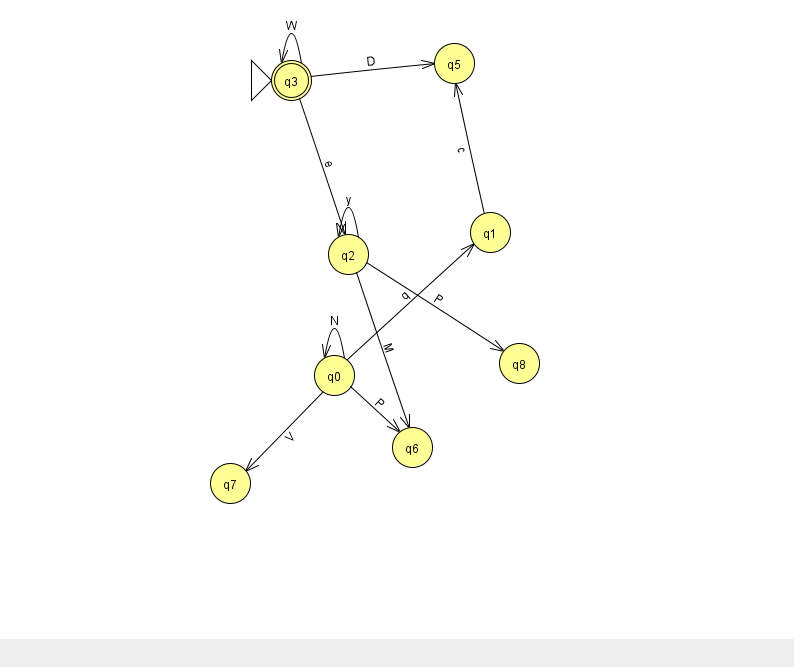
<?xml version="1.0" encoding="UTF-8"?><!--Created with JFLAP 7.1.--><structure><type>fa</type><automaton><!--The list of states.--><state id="0" name="q0"><x>334.0</x><y>362.0</y></state><state id="1" name="q1"><x>490.0</x><y>219.0</y></state><state id="2" name="q2"><x>348.0</x><y>241.0</y></state><state id="3" name="q3"><x>291.0</x><y>67.0</y><initial/><final/></state><state id="5" name="q5"><x>454.0</x><y>50.0</y></state><state id="6" name="q6"><x>412.0</x><y>434.0</y></state><state id="7" name="q7"><x>230.0</x><y>470.0</y></state><state id="8" name="q8"><x>519.0</x><y>350.0</y></state><!--The list of transitions.--><transition><from>2</from><to>8</to><read>P</read></transition><transition><from>0</from><to>1</to><read>q</read></transition><transition><from>0</from><to>7</to><read>V</read></transition><transition><from>2</from><to>6</to><read>M</read></transition><transition><from>1</from><to>5</to><read>c</read></transition><transition><from>3</from><to>3</to><read>W</read></transition><transition><from>0</from><to>6</to><read>P</read></transition><transition><from>2</from><to>2</to><read>y</read></transition><transition><from>3</from><to>2</to><read>e</read></transition><transition><from>3</from><to>5</to><read>D</read></transition><transition><from>0</from><to>0</to><read>N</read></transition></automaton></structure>